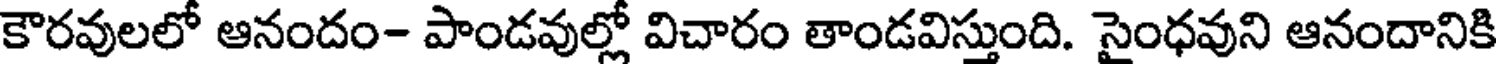
కౌరవులలో ఆనందం- పాండవుల్లో విచారం తాండవిస్తుంది. సైంధవుని ఆనందానికి